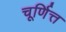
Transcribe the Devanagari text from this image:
चूर्णित्त